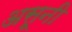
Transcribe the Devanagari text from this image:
असूनी